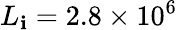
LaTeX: L_{\mathbf{i}}=2.8\times10^{6}